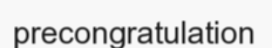
precongratulation